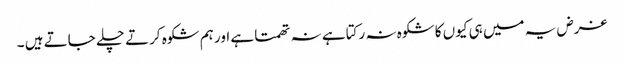
غرض یہ میں ہی کیوں کا شکوہ نہ رکتا ہے نہ تھمتا ہے اور ہم شکوہ کرتے چلے جاتے ہیں ۔